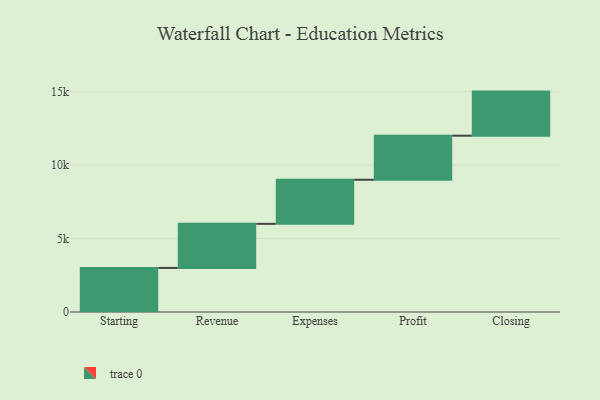
{"axis": {"x": "Step", "y": "Value"}, "legend": [""], "data": [{"x": "Starting", "y": 3000, "type": ""}, {"x": "Revenue", "y": 3000, "type": ""}, {"x": "Expenses", "y": 3000, "type": ""}, {"x": "Profit", "y": 3000, "type": ""}, {"x": "Closing", "y": 3000, "type": ""}]}